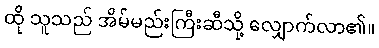
ထို သူသည် အိမ်မည်းကြီးဆီသို့ လျှောက်လာ၏။